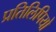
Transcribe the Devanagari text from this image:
प्रतिलिपियो